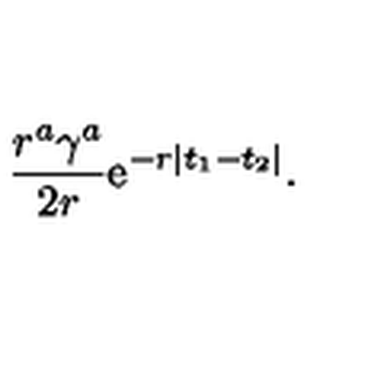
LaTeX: \frac { r ^ { a } \gamma ^ { a } } { 2 r } \mathrm { e } ^ { - r | t _ { 1 } - t _ { 2 } | } .